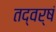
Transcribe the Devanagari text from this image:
तद्वर्षं